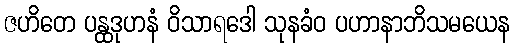
ဇဟိတေ ပန္ထဒုဟနံ ဝိသာရဒေါ သုနခံဝ ပဟာနာဘိသမယေန